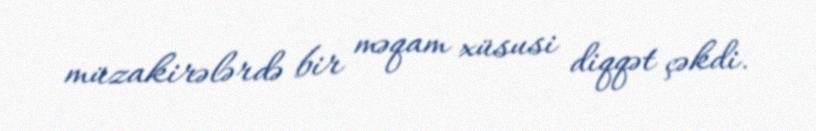
müzakirələrdə bir məqam xüsusi diqqət çəkdi.